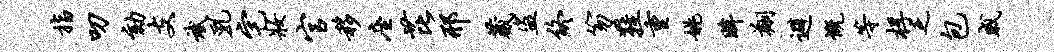
指叨劾支斌乳宅妆官移座芘邢葳盗终笏鞋重姚眸翔避慨等桴乏包戚